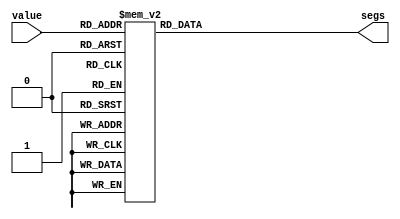
`timescale 1ns / 1ps
//////////////////////////////////////////////////////////////////////////////////
// Company: 
// 
// Design Name: 
// Module Name: hex2seg
// Project Name: Lab 4
// Target Devices: 
// Tool Versions: 
// Description: Converting hex number into seven-segment display
// 
// Dependencies: 
// 
// Revision:
// Revision 0.01 - File Created
// Additional Comments:
// 
//////////////////////////////////////////////////////////////////////////////////


module hex2seg(
        input  [3:0] value,
        output reg [6:0] segs
    );
    
    //Define seven-segment display constants
    parameter zero = 7'b0000001;
    parameter one = 7'b1001111;
    parameter two = 7'b0010010;
    parameter three = 7'b0000110;
    parameter four = 7'b1001100;
    parameter five = 7'b0100100;
    parameter six = 7'b0100000;
    parameter seven = 7'b0001111;
    parameter eight = 7'b0000000;
    parameter nine = 7'b0000100;
    parameter ten = 7'b0001000;
    parameter eleven = 7'b1100000;  
    parameter twelve = 7'b0110001;
    parameter thirteen = 7'b1000010;
    parameter fourteen = 7'b0110000;
    parameter fifteen = 7'b0111000;
    
    //Switch case to assign seven segment display
    always @(*)
        begin
            case(value)
                4'b0000: segs <= zero;
                4'b0001: segs <= one;
                4'b0010: segs <= two;
                4'b0011: segs <= three;
                4'b0100: segs <= four;
                4'b0101: segs <= five;
                4'b0110: segs <= six;
                4'b0111: segs <= seven;
                4'b1000: segs <= eight;
                4'b1001: segs <= nine;
                4'b1010: segs <= ten;
                4'b1011: segs <= eleven;
                4'b1100: segs <= twelve;
                4'b1101: segs <= thirteen;
                4'b1110: segs <= fourteen;
                4'b1111: segs <= fifteen;
            endcase
        end
endmodule